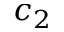
c _ { 2 }